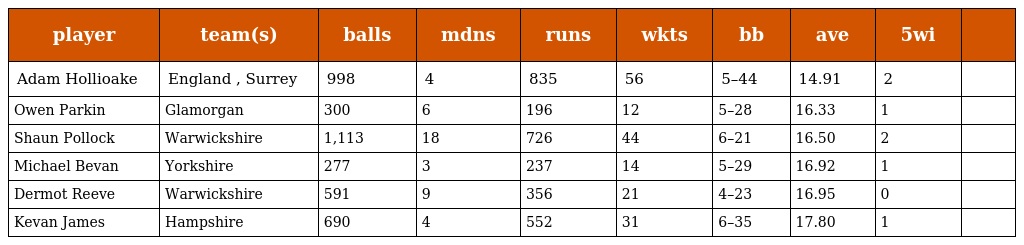
| player | team(s) | balls | mdns | runs | wkts | bb | ave | 5wi |  |
 | --- | --- | --- | --- | --- | --- | --- | --- | --- | --- |
 | Adam Hollioake | England , Surrey | 998 | 4 | 835 | 56 | 5–44 | 14.91 | 2 |  |
 | Owen Parkin | Glamorgan | 300 | 6 | 196 | 12 | 5–28 | 16.33 | 1 |  |
 | Shaun Pollock | Warwickshire | 1,113 | 18 | 726 | 44 | 6–21 | 16.50 | 2 |  |
 | Michael Bevan | Yorkshire | 277 | 3 | 237 | 14 | 5–29 | 16.92 | 1 |  |
 | Dermot Reeve | Warwickshire | 591 | 9 | 356 | 21 | 4–23 | 16.95 | 0 |  |
 | Kevan James | Hampshire | 690 | 4 | 552 | 31 | 6–35 | 17.80 | 1 |  |